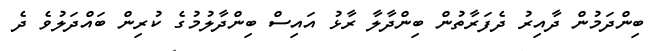
ބިންދަމުން ދާއިރު ދެފަރާތުން ބިންދާލާ ރާޅު އައިސް ބިންދާލުމުގެ ކުރިން ބައްދަލުވެ ދެ